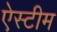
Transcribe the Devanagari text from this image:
ऐस्टीम